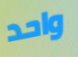
واحد